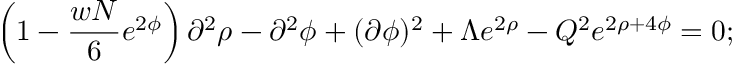
\left( 1 - \frac { w N } { 6 } e ^ { 2 \phi } \right) \partial ^ { 2 } \rho - \partial ^ { 2 } \phi + ( \partial \phi ) ^ { 2 } + \Lambda e ^ { 2 \rho } - Q ^ { 2 } e ^ { 2 \rho + 4 \phi } = 0 ;